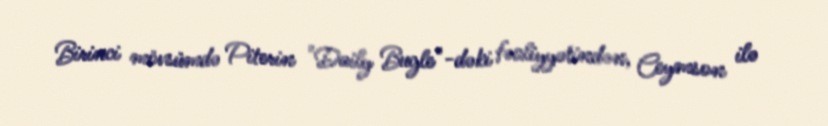
Birinci mövsümdə Piterin "Daily Bugle"-dəki fəaliyyətindən, Ceymson ilə